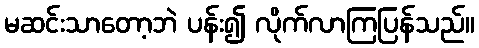
မဆင်းသာတော့ဘဲ ပန်း၍ လိုက်လာကြပြန်သည်။